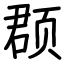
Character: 𫖳